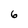
Character: 6